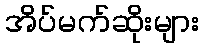
အိပ်မက်ဆိုးများ